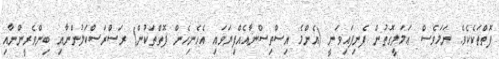
ފޮތްތަކެކެވެ. ނަމަވެސް ޢަމަލީގޮތުން ފެނިފައިވަނީ (އެންމެ އިސްތިސްނާއެއްފިޔަވައި އެހެނިހެން ފޮތްތަކުން) ރަސްރަސްކަލުންނާއި ބިންވެރީންނާއި